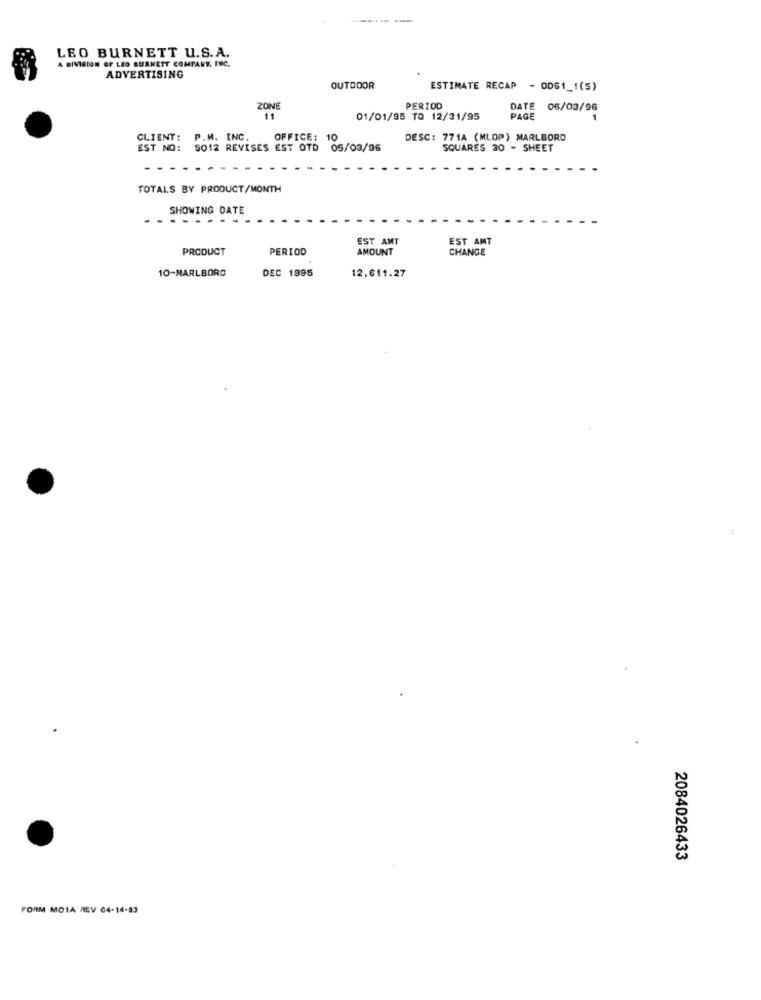
-------
LEO BURNETT U.S.A.
A DIVISION OF LEO BURNETT COMPANY, INC.
ADVERTISING
OUTDOOR
ESTIMATE RECAP - OD61_1(S)
ZONE
PERIOD
DATE 05/03/96
11
01/01/95 TO 12/31/95
PAGE
CLIENT: P.M. INC.
OFFICE: 10
DESC: 771A (MLOP) MARLBORO
EST NO: 5012 REVISES EST OTD
05/03/96
SQUARES 30 - SHEET
TOTALS BY PRODUCT/MONTH
SHOWING DATE
- --
EST AMT
EST AMT
PRODUCT
PERIOD
AMOUNT
CHANGE
10-MARLBORD
12,611.27
DEC 1995
2084026433
FORM MOIA REV 04-14-83